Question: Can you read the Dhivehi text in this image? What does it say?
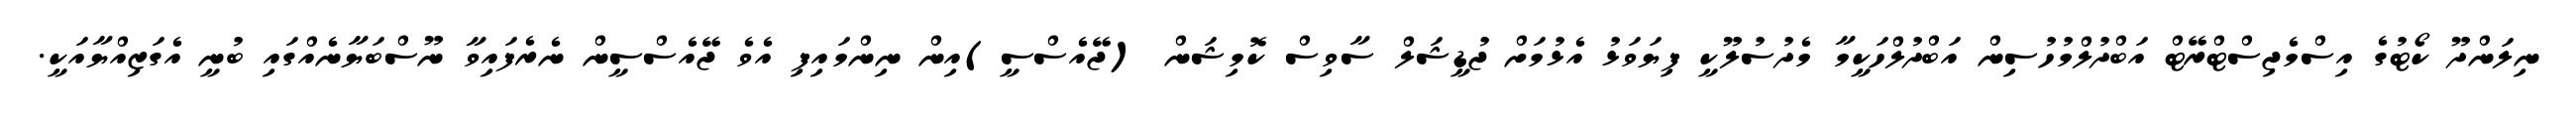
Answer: ނިލަންދޫ ކޯޓުގެ އިސްމެޖިސްޓްރޭޓް އަބްދުލްމުހުސިން އަބްދުލްހަކީމާ މެދުސުލޫކީ ފިޔަވަޅު އެޅުމަށް ޖުޑީޝަލް ސާވިސް ކޮމިޝަން (ޖޭއެސްސީ)އިން ނިންމައިފި އެވެ ޖޭއެސްސީން ނެރެފައިވާ ނޫސްބަޔާނެއްގައި ބުނީ އެގަޒިއްޔާއަކީ.